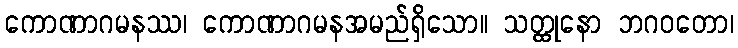
ကောဏာဂမနဿ၊ ကောဏာဂမနအမည်ရှိသော။ သတ္ထုနော ဘဂဝတော၊